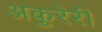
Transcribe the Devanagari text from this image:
अकुरेरी